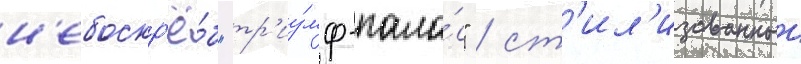
н'ебоскр'ё́б "тр'иу́мф-пала́с" / ст'ил'изованныи